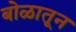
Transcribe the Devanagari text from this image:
बोळातून